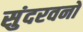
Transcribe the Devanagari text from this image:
सुंदरवनों